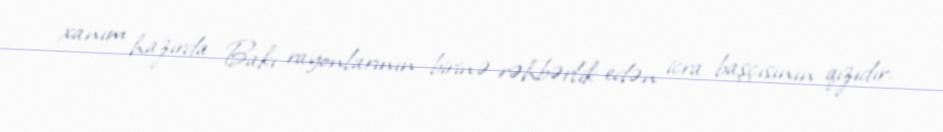
xanım hazırda Bakı rayonlarının birinə rəhbərlik edən icra başçısının qızıdır.